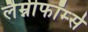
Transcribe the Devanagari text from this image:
लैम्नीफॉर्म्स